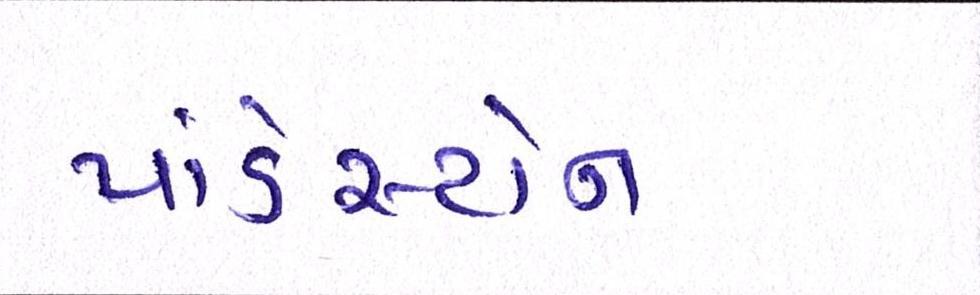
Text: પાંડેસ્ટોન